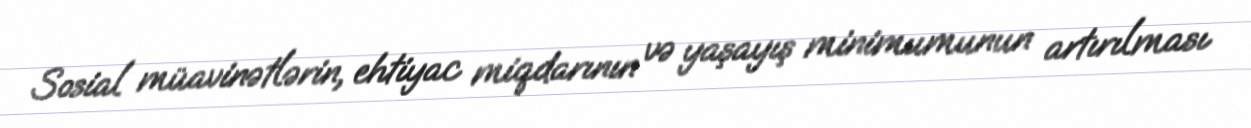
Sosial müavinətlərin, ehtiyac miqdarının və yaşayış minimumunun artırılması